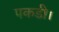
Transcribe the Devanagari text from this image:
पकडी।